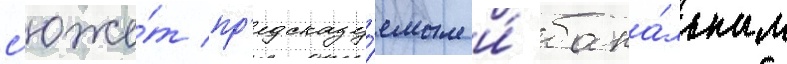
с'юже́т пр'едсказу́емым и́ бана́льным